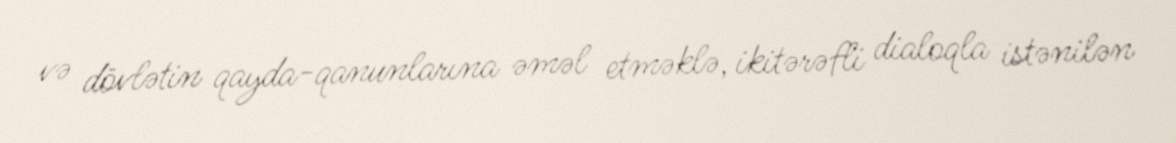
və dövlətin qayda-qanunlarına əməl etməklə, ikitərəfli dialoqla istənilən